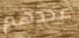
عددهم